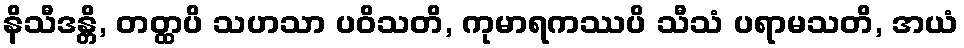
နိသီဒန္တိ, တတ္ထပိ သဟသာ ပဝိသတိ, ကုမာရကဿပိ သီသံ ပရာမသတိ, အယံ